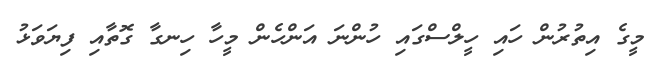
މީގެ އިތުރުން ހައި ހީލްސްގައި ހުންނަ އަންހެން މީހާ ހިނގާ ގޮތާއި ފިޔަވަޅު